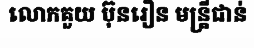
លោកគួយ ប៊ុនរឿន មន្ត្រីជាន់